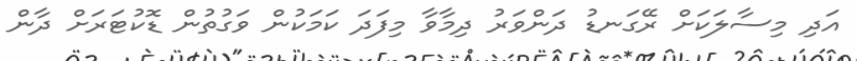
އަދި މިސާލަކަށް ރޭގަނޑު ދަންވަރު ދިމާވާ މިފަދަ ކަމަކުން ވަގުތުން ޑޮކުޓަރަށް ދާން